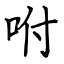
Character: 咐